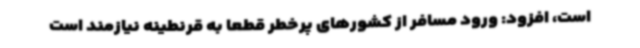
است، افزود: ورود مسافر از کشورهای پرخطر قطعا به قرنطینه نیازمند است